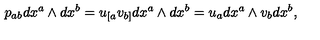
p _ { a b } d x ^ { a } \wedge d x ^ { b } = u _ { [ a } v _ { b ] } d x ^ { a } \wedge d x ^ { b } = u _ { a } d x ^ { a } \wedge v _ { b } d x ^ { b } ,